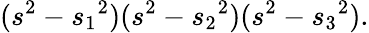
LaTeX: (s^{2}-{s_{1}}^{2})(s^{2}-{s_{2}}^{2})(s^{2}-{s_{3}}^{2}).